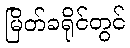
မြိတ်ခရိုင်တွင်